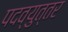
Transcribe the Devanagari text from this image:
पदव्‍युत्‍तर